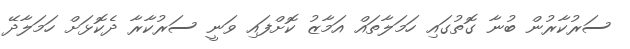
ސަރުކާރުން ބުނާ ގޮތުގައި ހަމަލާތައް އަމާޒު ކޮށްފައި ވަނީ ސަރުކާރާ ދެކޮޅަށް ހަމަލާދޭ